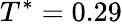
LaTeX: T^{*}=0.29